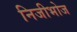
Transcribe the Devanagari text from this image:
निजीभोज